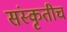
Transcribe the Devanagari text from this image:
संस्कृतीचं